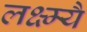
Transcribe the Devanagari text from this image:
लक्ष्म्यै